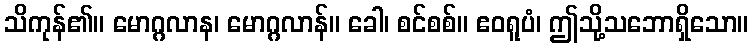
သိကုန်၏။ မောဂ္ဂလာန၊ မောဂ္ဂလာန်။ ခေါ၊ စင်စစ်။ ဧဝရူပံ၊ ဤသို့သဘောရှိသော။